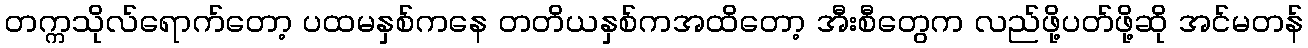
တက္ကသိုလ်ရောက်တော့ ပထမနှစ်ကနေ တတိယနှစ်ကအထိတော့ အီးစီတွေက လည်ဖို့ပတ်ဖို့ဆို အင်မတန်